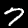
Digit: 7